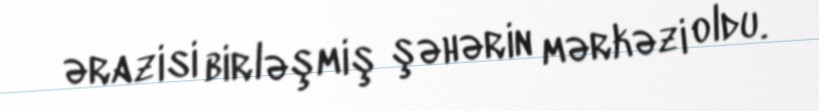
ərazisi birləşmiş şəhərin mərkəzi oldu.